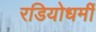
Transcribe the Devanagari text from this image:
रडियोधर्मी